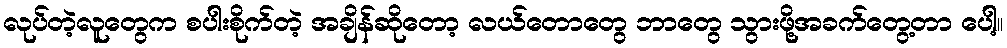
လုပ်တဲ့လူတွေက စပါးစိုက်တဲ့ အချိန်ဆိုတော့ လယ်တောတွေ ဘာတွေ သွားဖို့အခက်တွေ့တာ ပေါ့။